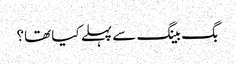
بگ بینگ سے پہلے کیا تھا؟